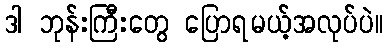
ဒါ ဘုန်းကြီးတွေ ပြောရမယ့်အလုပ်ပဲ။